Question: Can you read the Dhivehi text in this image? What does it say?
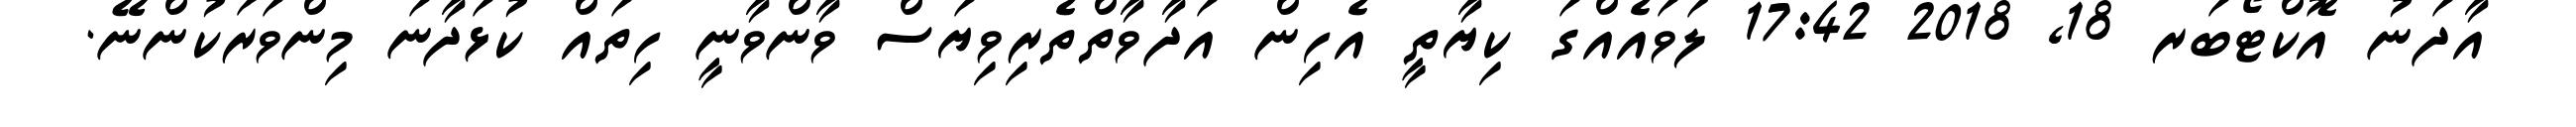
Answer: އާދަނު އޮކްޓޯބަރ 18, 2018 17:42 ލަވައެއްގަ ކިޔާތީ އެހިން އަދާވާތްތެރިވިޔަސް ވާންވާނީ ހިތައް ކުޅަދާނަ މިންވަރަކުންނޭ.